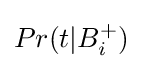
Pr(t|B_{i}^{+})